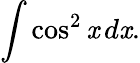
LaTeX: \int\cos^{2}\mathit{x}\, d\mathit{x}.